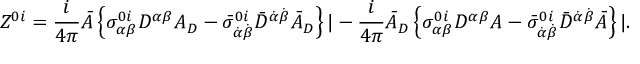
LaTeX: Z ^ { 0 i } = \frac { i } { 4 \pi } { \bar { \cal A } } \left\{ \sigma _ { \alpha \beta } ^ { 0 i } D ^ { \alpha \beta } { \cal A } _ { D } - { \bar { \sigma } } _ { \dot { \alpha } \dot { \beta } } ^ { 0 i } { \bar { D } } ^ { \dot { \alpha } \dot { \beta } } { \bar { \cal A } } _ { D } \right\} | - \frac { i } { 4 \pi } { \bar { \cal A } } _ { D } \left\{ \sigma _ { \alpha \beta } ^ { 0 i } D ^ { \alpha \beta } { \cal A } - { \bar { \sigma } } _ { \dot { \alpha } \dot { \beta } } ^ { 0 i } { \bar { D } } ^ { \dot { \alpha } \dot { \beta } } { \bar { \cal A } } \right\} | .